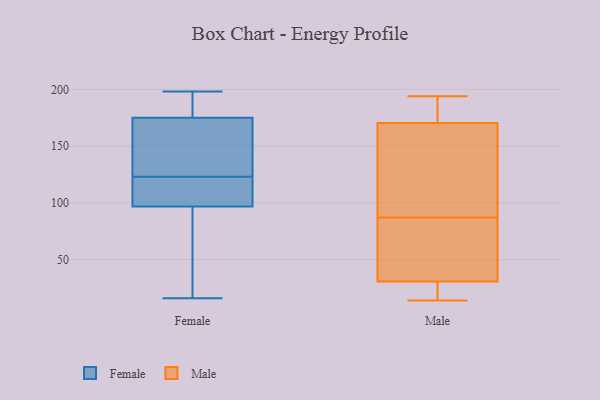
{"axis": {"x": "Page Views", "y": "Value"}, "legend": ["Female", "Male"], "data": [{"x": "", "y": 119, "type": "Female"}, {"x": "", "y": 90, "type": "Female"}, {"x": "", "y": 16, "type": "Female"}, {"x": "", "y": 142, "type": "Female"}, {"x": "", "y": 17, "type": "Female"}, {"x": "", "y": 198, "type": "Female"}, {"x": "", "y": 138, "type": "Female"}, {"x": "", "y": 123, "type": "Female"}, {"x": "", "y": 187, "type": "Female"}, {"x": "", "y": 186, "type": "Female"}, {"x": "", "y": 117, "type": "Female"}, {"x": "", "y": 127, "type": "Male"}, {"x": "", "y": 87, "type": "Male"}, {"x": "", "y": 184, "type": "Male"}, {"x": "", "y": 30, "type": "Male"}, {"x": "", "y": 194, "type": "Male"}, {"x": "", "y": 144, "type": "Male"}, {"x": "", "y": 33, "type": "Male"}, {"x": "", "y": 27, "type": "Male"}, {"x": "", "y": 184, "type": "Male"}, {"x": "", "y": 81, "type": "Male"}, {"x": "", "y": 138, "type": "Male"}, {"x": "", "y": 14, "type": "Male"}, {"x": "", "y": 68, "type": "Male"}, {"x": "", "y": 179, "type": "Male"}, {"x": "", "y": 20, "type": "Male"}]}